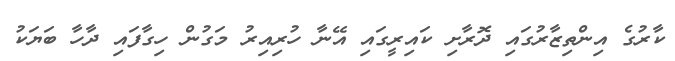
ކާރުގެ އިންތިޒާރުގައި ދޮރާށި ކައިރީގައި އޭނާ ހުރިއިރު މަގުން ހިގާފައި ދާހާ ބަޔަކު